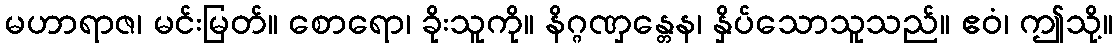
မဟာရာဇ၊ မင်းမြတ်။ စောရော၊ ခိုးသူကို။ နိဂ္ဂဏှန္တေန၊ နှိပ်သောသူသည်။ ဧဝံ၊ ဤသို့။